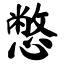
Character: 憋